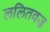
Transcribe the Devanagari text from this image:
ललितवज्र